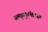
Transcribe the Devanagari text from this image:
अमृतकुंभाच्या